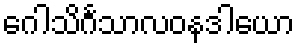
ဂေါသိင်္ဂသာလဝနဒါယော